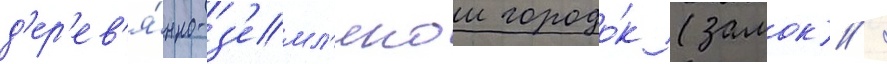
д'ер'ев'я́нно-з'емл'янои городо́к (замок) /